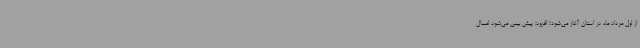
از اول مرداد ماه در استان آغاز می‌شود؛ افزود: پیش بینی می‌شود امسال